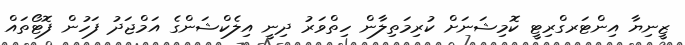
ޒީނިޔާ އިންޓަރގްރިޓީ ކޮމިޝަނަށް ކުރިމަތިލާން ހިތްވަރު ދިނީ އިލެކްޝަންގެ އަމްޖަދު ފަހުން ފޮޓޯތައް